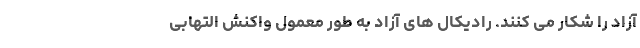
آزاد را شکار می کنند. رادیکال های آزاد به طور معمول واکنش التهابی